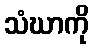
သံဃာကို